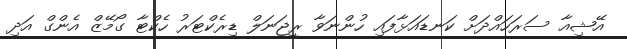
އޭޝިއާ ސަރަހައްދަށް ކަނޑައަޅާފައި ހުންނަވާ ރީޖަނަލް ޑިރެކްޓަރު ހެކްޓާ ގޯމޭޒް އެންގް އަދި